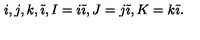
i , j , k , \tilde { \imath } , I = i \tilde { \imath } , J = j \tilde { \imath } , K = k \tilde { \imath } .